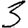
Digit: 3